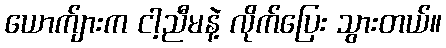
ယောက်ျားက ငါ့ညီမနဲ့ လိုက်ပြေး သွားတယ်။